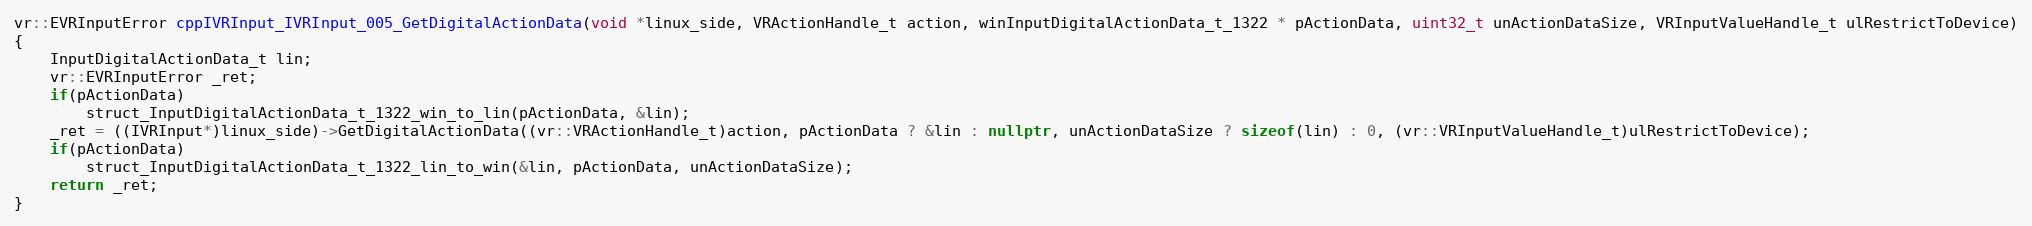
Language: C++
vr::EVRInputError cppIVRInput_IVRInput_005_GetDigitalActionData(void *linux_side, VRActionHandle_t action, winInputDigitalActionData_t_1322 * pActionData, uint32_t unActionDataSize, VRInputValueHandle_t ulRestrictToDevice)
{
    InputDigitalActionData_t lin;
    vr::EVRInputError _ret;
    if(pActionData)
        struct_InputDigitalActionData_t_1322_win_to_lin(pActionData, &lin);
    _ret = ((IVRInput*)linux_side)->GetDigitalActionData((vr::VRActionHandle_t)action, pActionData ? &lin : nullptr, unActionDataSize ? sizeof(lin) : 0, (vr::VRInputValueHandle_t)ulRestrictToDevice);
    if(pActionData)
        struct_InputDigitalActionData_t_1322_lin_to_win(&lin, pActionData, unActionDataSize);
    return _ret;
}